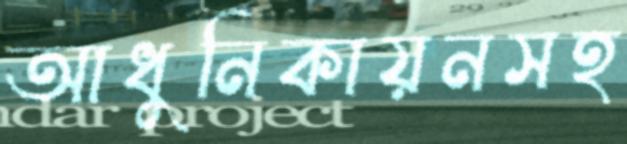
আধুনিকায়নসহ